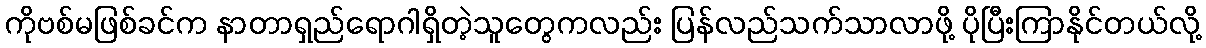
ကိုဗစ်မဖြစ်ခင်က နာတာရှည်ရောဂါရှိတဲ့သူတွေကလည်း ပြန်လည်သက်သာလာဖို့ ပိုပြီးကြာနိုင်တယ်လို့